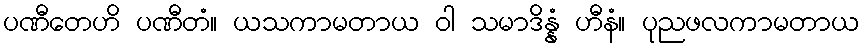
ပဏီတေဟိ ပဏီတံ။ ယသကာမတာယ ဝါ သမာဒိန္နံ ဟီနံ။ ပုညဖလကာမတာယ